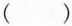
( )